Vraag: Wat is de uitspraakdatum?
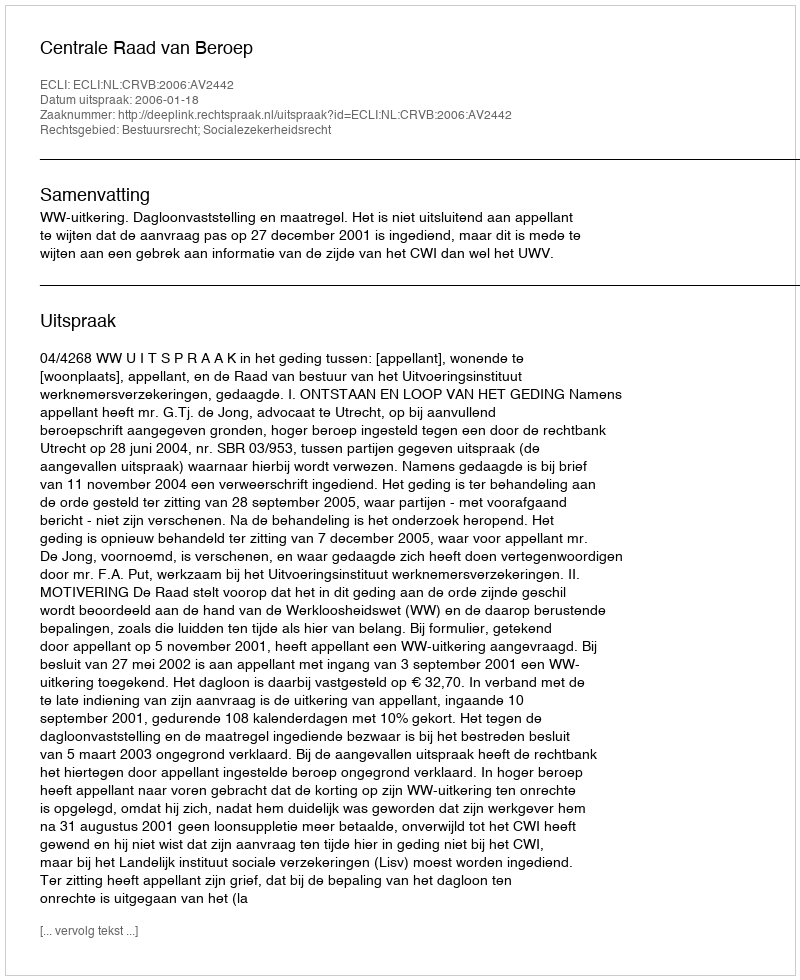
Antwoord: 2006-01-18